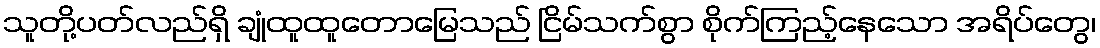
သူတို့ပတ်လည်ရှိ ချုံထူထူတောမြေသည် ငြိမ်သက်စွာ စိုက်ကြည့်နေသော အရိပ်တွေ၊